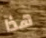
هذا